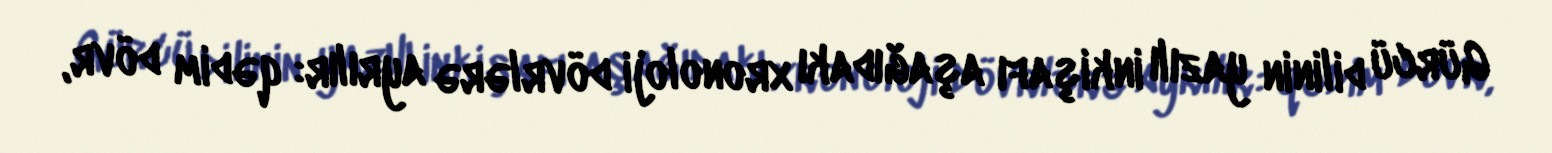
Gürcü dilinin yazılı inkişafı aşağıdakı xronoloji dövrlərə ayrılır: qədim dövr,